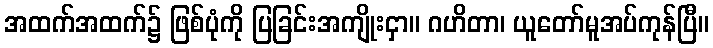
အထက်အထက်၌ ဖြစ်ပုံကို ပြခြင်းအကျိုးငှာ။ ဂဟိတာ၊ ယူတော်မူအပ်ကုန်ပြီ။